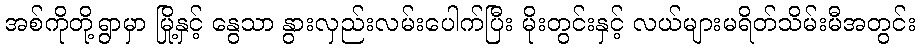
အစ်ကိုတို့ရွာမှာ မြို့နှင့် နွေသာ နွားလှည်းလမ်းပေါက်ပြီး မိုးတွင်းနှင့် လယ်များမရိတ်သိမ်းမီအတွင်း